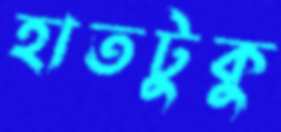
হাতটুকু